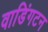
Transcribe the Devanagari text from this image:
वाडिंगटन